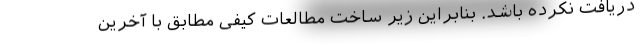
دریافت نکرده باشد. بنابراین زیر ساخت مطالعات کیفی مطابق با آخرین